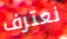
نعترف